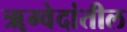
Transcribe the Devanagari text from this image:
ॠग्वेदांतील